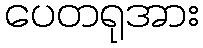
ပေတရုအား